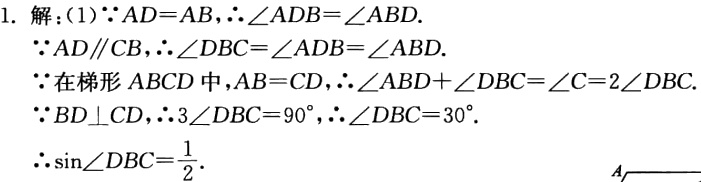
1. 解：(1)$\because AD = AB$，$\therefore\angle ADB=\angle ABD$.

$\because AD\parallel CB$，$\therefore\angle DBC = \angle ADB=\angle ABD$.

$\because$在梯形$ABCD$中，$AB = CD$，$\therefore\angle ABD+\angle DBC=\angle C = 2\angle DBC$.

$\because BD\perp CD$，$\therefore3\angle DBC = 90^{\circ}$，$\therefore\angle DBC = 30^{\circ}$.

$\therefore\sin\angle DBC=\frac{1}{2}$.